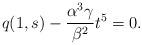
LaTeX: \begin{align*}q (1,s) - \frac{\alpha^3 \gamma}{\beta^2} t^5 = 0.\end{align*}